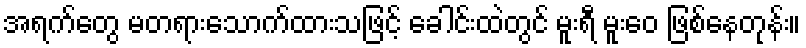
အရက်တွေ မတရားသောက်ထားသဖြင့် ခေါင်းထဲတွင် မူးရီ မူးဝေ ဖြစ်နေတုန်း။